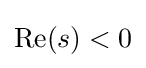
{\textstyle {\text{Re}}(s)<0}